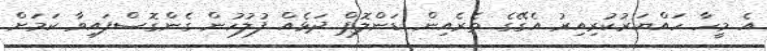
އެ މީހާ ހައްޔަރުކުރިއިރު އެގޭގެ ތެރެއިން ޑަންލޮޕް ދަޅެއް ފުލުހުން ގެންގޮސްފައިވާ ކަމަށް